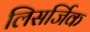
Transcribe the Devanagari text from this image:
लिसर्जिक